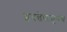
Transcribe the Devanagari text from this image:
इयत्तेपासूनच